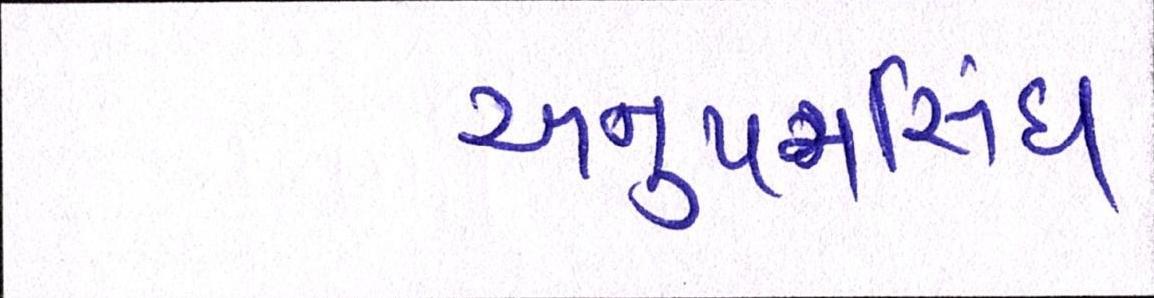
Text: અનુપમસિંઘ